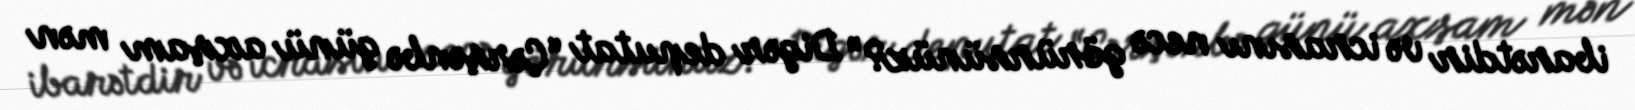
ibarətdir və icrasını necə görürsünüz?” Digər deputat “Çərşənbə günü axşam mən